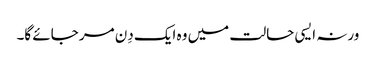
ورنہ ایسی حالت میں وہ ایک دِن مر جائے گا۔